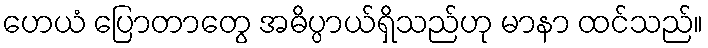
ဟေယံ ပြောတာတွေ အဓိပ္ပာယ်ရှိသည်ဟု မာနာ ထင်သည်။